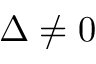
\Delta \neq 0